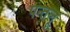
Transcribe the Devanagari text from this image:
पन्तलू